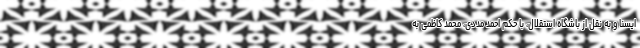
ایسنا و به نقل از باشگاه استقلال، با حکم احمد مددی، محمد کاظمی به